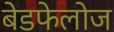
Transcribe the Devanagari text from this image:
बेडफेलोज